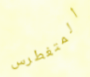
المتغطرس